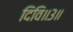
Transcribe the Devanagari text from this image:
दिवि॥३॥